Leaving Certificate Examination (including Day School Certificate (Higher) General paper), 1932
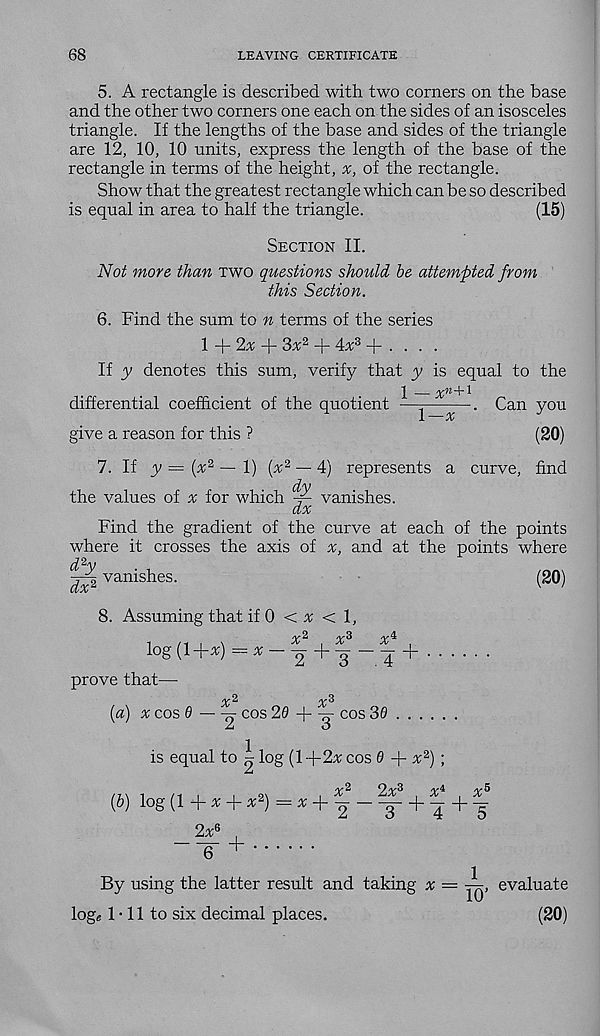
68
LEAVING CERTIFICATE
5. A rectangle is described with two corners on the base
and the other two corners one each on the sides of an isosceles
triangle. If the lengths of the base and sides of the triangle
are 12, 10, 10 units, express the length of the base of the
rectangle in terms of the height, x, of the rectangle.
Show that the greatest rectangle which can be so described
is equal in area to half the triangle.
(15)
Section II.
Not more than two questions should be attempted from
this Section.
6. Find the sum to n terms of the series
1 + 2^: -j- 3^2 + 4# 3 + . . . .
If y denotes this sum, verify that y is equal to the
1 —x n + l
differential coefficient of the quotient
\—x
give a reason for this ?
Can you
(20)
7. If y = (%‘ 2 ‘ — 1) (% 2 — 4) represents a curve, find
the values of x for which
vanishes.
dx
Find the gradient of the curve at each of the points
where it crosses the axis of x, and at the points where
vanishes.
8. Assuming that if 0 < 3; < 1,
/v-2
/y 3
/y L
log(l+*) = *-|+|-|
prove that—
2
3
[a] x cos ® —~2 cos ^
C0S ^
(20)
+
is equal to ^ log (1+2# cos 0 + # 2 ) ;
/y 2
O -yS
(b) log (1 + # + # 2 ) = x -\ ^
x
x a
4 + 5
2# 6 ,
‘6' +
By using the latter result and taking * = —> evaluate
logs 1 • 11 to six decimal places.
(20)